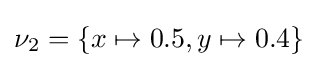
\nu _{2}=\{x\mapsto 0.5,y\mapsto 0.4\}